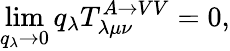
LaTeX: \operatorname*{lim}_{q_{\lambda}\rightarrow 0}q_{\lambda}T_{\lambda\mu\nu}^{A\rightarrow VV}=0,